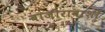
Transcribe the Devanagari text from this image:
बाजीरावाशीं